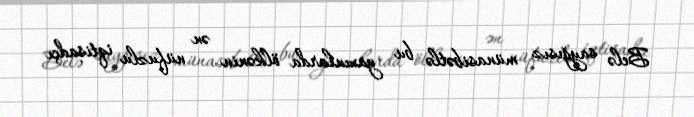
Belə sayğısız münasibətlə bu yaxınlarda ölkənin ən nüfuzlu iqtisadçı